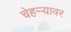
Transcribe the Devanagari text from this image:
चेहऱ्र्‍यावर